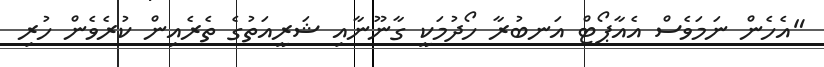
"އެހެން ނަމަވެސް އެއާޕޯޓް އަނބުރާ ހޯދުމަކީ ގާނޫނާއި ޝަރީއަތުގެ ތެރެއިން ކުރެވެން ހުރި